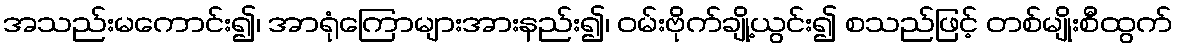
အသည်းမကောင်း၍၊ အာရုံကြောများအားနည်း၍၊ ဝမ်းဗိုက်ချို့ယွင်း၍ စသည်ဖြင့် တစ်မျိုးစီထွက်